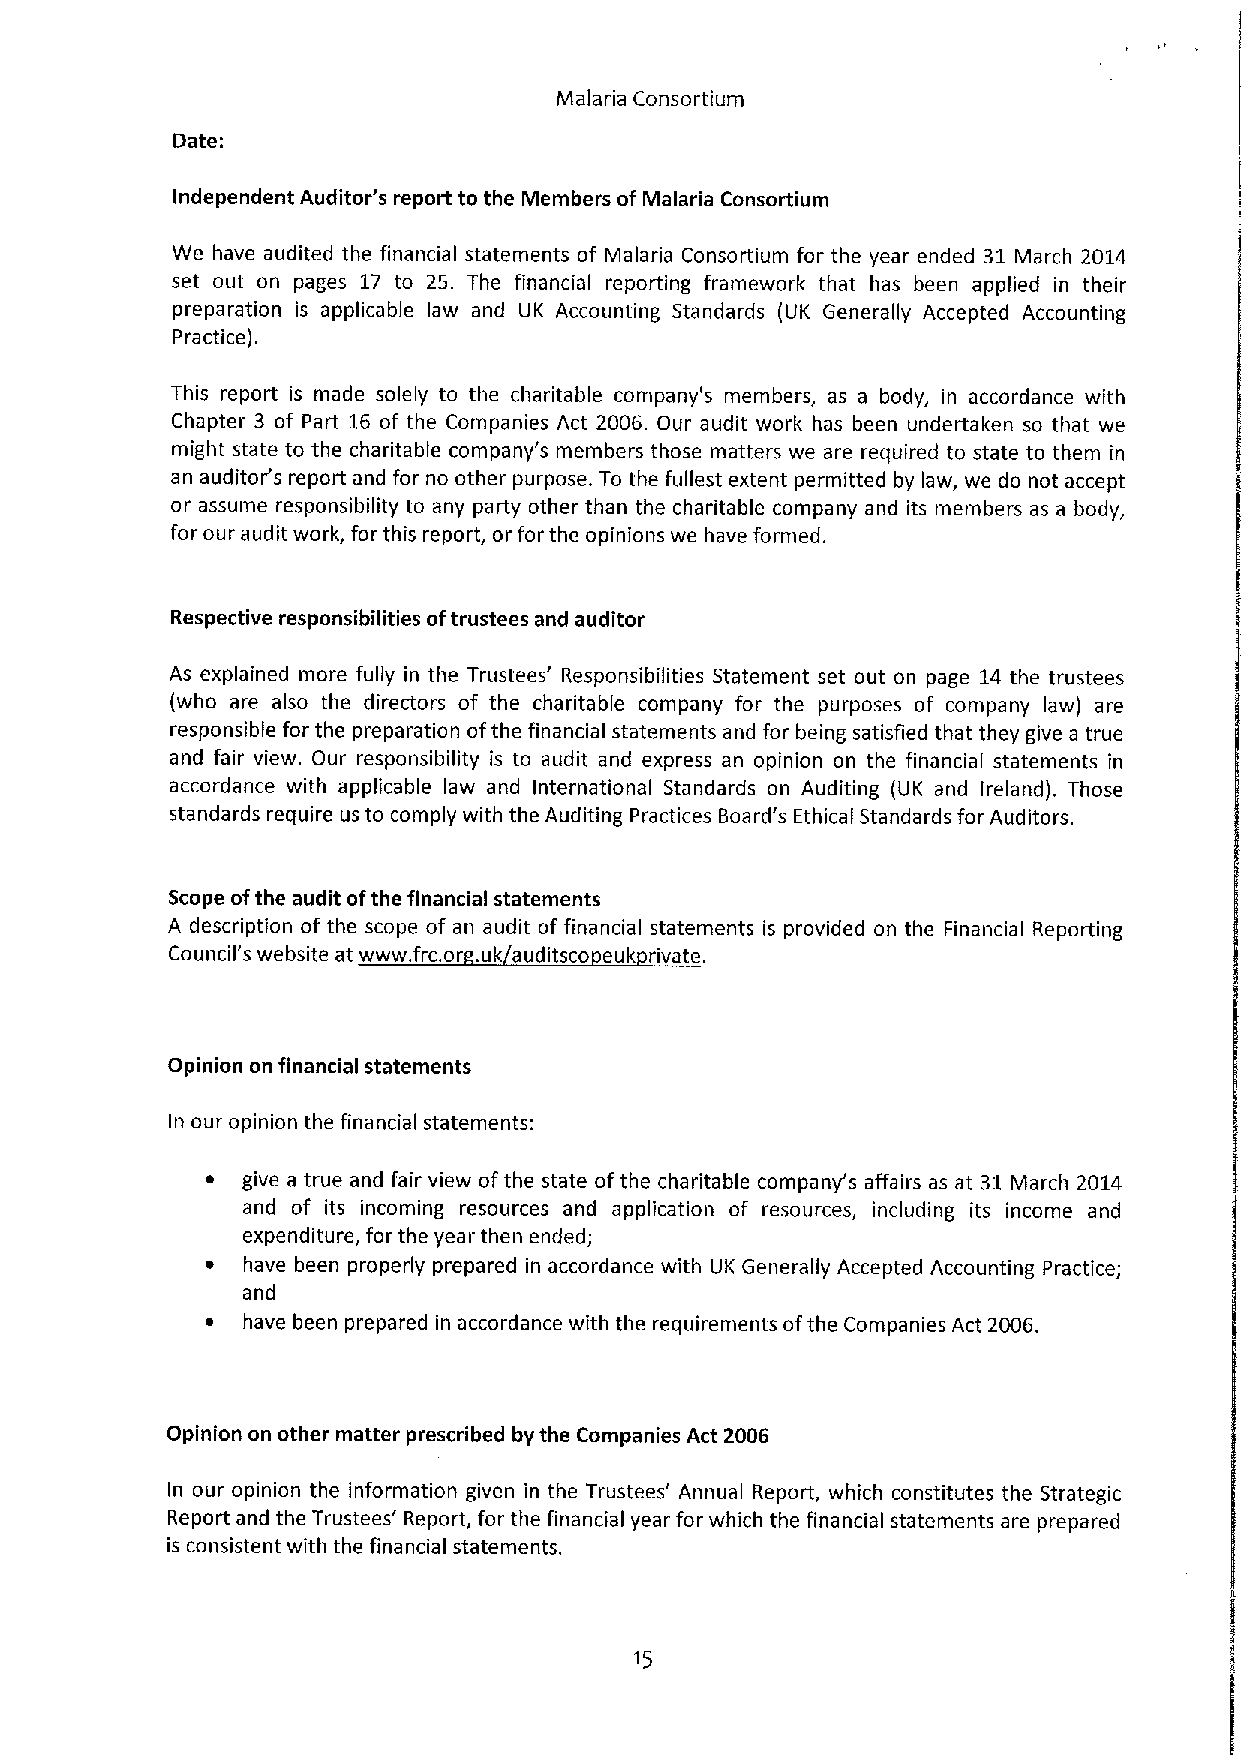
Malaria Consortium
 Date:
 Independent Auditor's report to the Members of Malaria Consortium
 We have audited the financial statements of Malaria Consortium for the year ended 31 March 2014
 set out on pages 17 to 26. The financial reporting framework that has been applied in their
 preparation is applicable law and UK Accounting Standards (UK Generally Accepted Accounting
 Practice).
 This report is made solely to the charitable company's members, as a body, in accordance with
 Chapter 3 of Part 16 of the Companies Act 2006. Our audit work has been undertaken so that we
 might state to the charitable company's members those matters we are required to state to them in
 an auditor's report and for no other purpose. To the fullest extent permitted by law, we do not accept
 or assume responsibility to any party other than the charitable company and its members as a body,
 for our audit work, for this report, or for the opinions we have formed.
 Respective responsibilities oftrustees and auditor
 As explained more fully in the Trustees' Responsibilities Statement set out on page 14 the trustees
 (who are also the directors of the charitable company for the purposes of company law) are
 responsible for the preparation ofthe financial statements and for being satisfied that they give a true
 and fair view. Our responsibility is to audit and express an opinion on the financial statements in
 accordance with applicable law and International Standards on Auditing (UK and Ireland). Those
 standards require us to comply with the Auditing Practices Board's Ethical Standards for Auditors.
 Scope ofthe audit ofthe financial statements
 A description of the scope of an audit of financial statements is provided on the Financial Reporting
 Council's website at www. frc.or .uk auditsco euk rivate.
 Opinion on financial statements
 In our opinion the financial statements:
 ~ give a true and fair view ofthe state of the charitable company's affairs as at 31March 2014
 and of its incoming resources and application of resources, including its income and
 expenditure, for the year then ended;
 ~ have been properly prepared in accordance with UK Generally Accepted Accounting Practice;
 and
 ~ have been prepared in accordance with the requirements ofthe Companies Act 2006.
 Opinion on other matter prescribed by the Companies Act 2006
 In our opinion the information given in the Trustees' Annual Report, which constitutes the Strategic
 Report and the Trustees' Report, for the financial year for which the financial statements are prepared
 is consistent with the financial statements.
 15